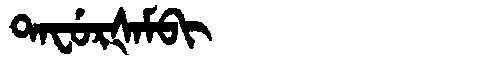
Manchu: ᡨᠠᠸᡠᡵᡧᠠᠮᠪᡳ
Romanization: TAFURŠAMBI